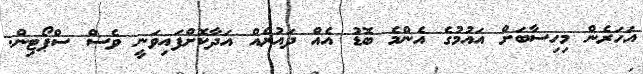
އަހަރެން މިހިސާބަށް އައުމުގެ އެންމެ ބޮޑު އެއް ދައުރެއް އަދާކޮށްފައިވަނީ ވެސް ސްޕޯޓިން.